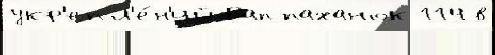
укр'епл'е́н'ий Раппаханок 114 в